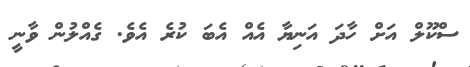
ސްކޫލް އަށް ހާދަ އަނިޔާ އެއް އެބަ ކުރެ އެވެ. ގެއްލުން ވާނީ